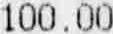
100.00